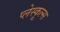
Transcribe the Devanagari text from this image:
प्लेस्कूल्स